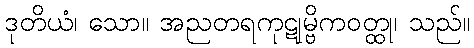
ဒုတိယံ၊ သော။ အညတရကုဋုမ္ဗိကဝတ္ထု၊ သည်။